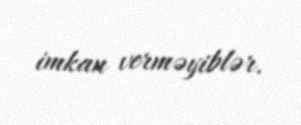
imkan verməyiblər.